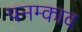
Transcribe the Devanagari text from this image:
पनम्काव